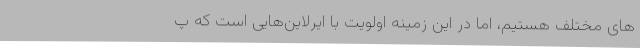
های مختلف هستیم، اما در این زمینه اولویت با ایرلاین‌هایی است که پ